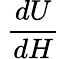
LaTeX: \ {\frac{dU}{dH}}